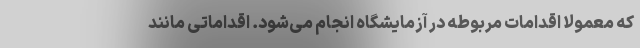
که معمولا اقدامات مربوطه در آزمایشگاه انجام می‌شود. اقداماتی مانند